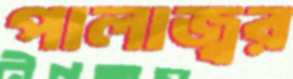
পালাজ্বর